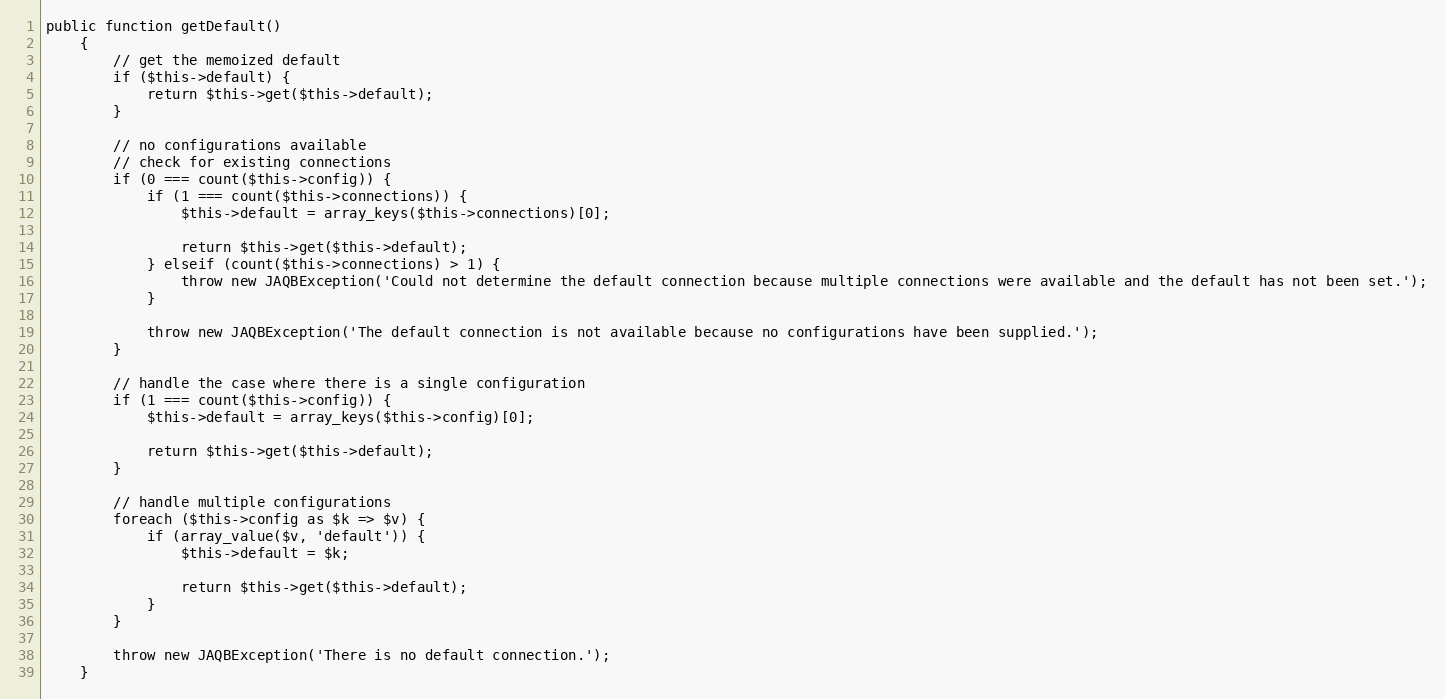
Language: PHP
public function getDefault()
    {
        // get the memoized default
        if ($this->default) {
            return $this->get($this->default);
        }

        // no configurations available
        // check for existing connections
        if (0 === count($this->config)) {
            if (1 === count($this->connections)) {
                $this->default = array_keys($this->connections)[0];

                return $this->get($this->default);
            } elseif (count($this->connections) > 1) {
                throw new JAQBException('Could not determine the default connection because multiple connections were available and the default has not been set.');
            }

            throw new JAQBException('The default connection is not available because no configurations have been supplied.');
        }

        // handle the case where there is a single configuration
        if (1 === count($this->config)) {
            $this->default = array_keys($this->config)[0];

            return $this->get($this->default);
        }

        // handle multiple configurations
        foreach ($this->config as $k => $v) {
            if (array_value($v, 'default')) {
                $this->default = $k;

                return $this->get($this->default);
            }
        }

        throw new JAQBException('There is no default connection.');
    }